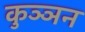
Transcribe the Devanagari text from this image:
कुञ्ञन